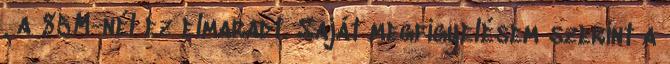
, a 85M-nél ez elmaradt. Saját megfigyelésem szerint a